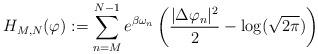
LaTeX: \begin{align*}H_{M,N}(\varphi):= \sum_{n=M}^{N-1}\limits e^{\beta\omega_n} \left( \frac{|\Delta\varphi_{n}|^2}{2} -\log(\sqrt{2\pi}) \right)\end{align*}